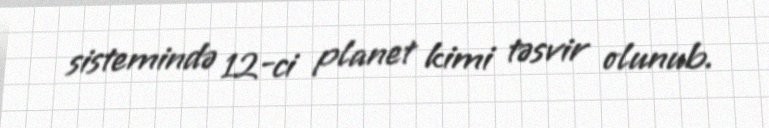
sistemində 12-ci planet kimi təsvir olunub.